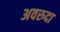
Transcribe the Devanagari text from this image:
अवरुदा